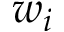
w _ { i }